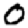
Digit: 0